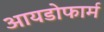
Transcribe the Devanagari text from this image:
आयडोफार्म